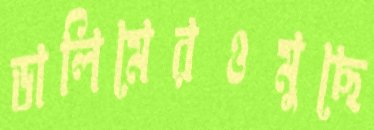
ডালিমেরওমুছে